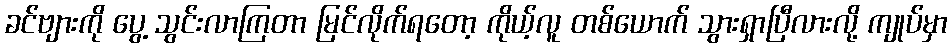
ခင်ဗျားကို ပွေ့ သွင်းလာကြတာ မြင်လိုက်ရတော့ ကိုယ့်လူ တစ်ယောက် သွားရှာပြီလားလို့ ကျုပ်မှာ